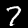
Digit: 7